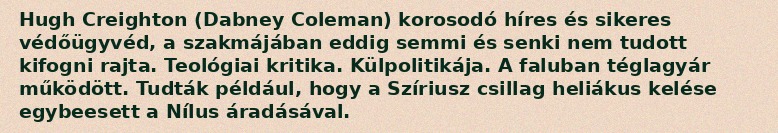
Hugh Creighton (Dabney Coleman) korosodó híres és sikeres védőügyvéd, a szakmájában eddig semmi és senki nem tudott kifogni rajta. Teológiai kritika. Külpolitikája. A faluban téglagyár működött. Tudták például, hogy a Szíriusz csillag heliákus kelése egybeesett a Nílus áradásával.